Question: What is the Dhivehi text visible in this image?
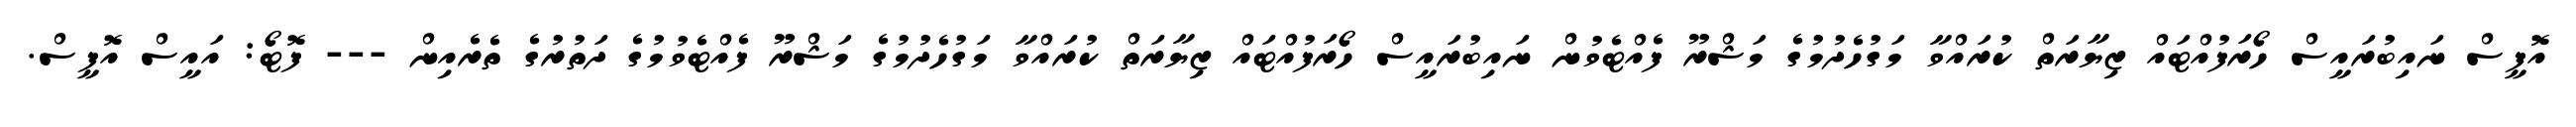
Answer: އޮފީސް ނައިބުރައީސް ހޯރަފުއްޓައް ޒިޔާރަތް ކުރައްވާ މަގުހެދުމުގެ މަޝްރޫ ފެއްޓެވުން ނައިބުރައީސް ހޯރަފުއްޓައް ޒިޔާރަތް ކުރައްވާ މަގުހެދުމުގެ މަޝްރޫ ފެއްޓެވުމުގެ ދަތުރުގެ ތެރެއިން --- ފޮޓޯ: އައީސް އޮފީސް.